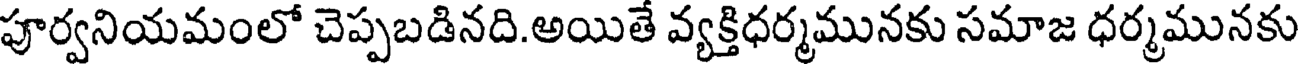
పూర్వనియమంలో చెప్పబడినది.అయితే వ్యక్తిధర్మమునకు సమాజ ధర్మమునకు